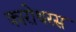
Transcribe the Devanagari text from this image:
कारोथरस